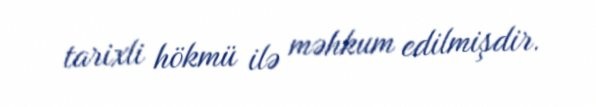
tarixli hökmü ilə məhkum edilmişdir.